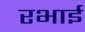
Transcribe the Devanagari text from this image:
रभाई